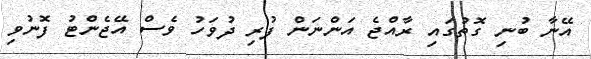
އޭނާ ބުނި ގޮތުގައި ރާއްޖެ އަންނަން ފުރި ދުވަހު ވެސް އޭޖެންޓު ފޮނުވި